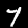
Label: 7